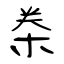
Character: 桊